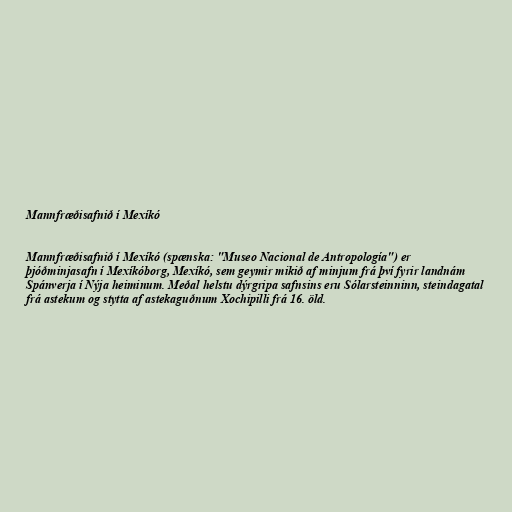
Mannfræðisafnið í Mexíkó

Mannfræðisafnið í Mexíkó (spænska: "Museo Nacional de Antropología") er
þjóðminjasafn í Mexíkóborg, Mexíkó, sem geymir mikið af minjum frá því fyrir landnám
Spánverja í Nýja heiminum. Meðal helstu dýrgripa safnsins eru Sólarsteinninn, steindagatal
frá astekum og stytta af astekaguðnum Xochipilli frá 16. öld.